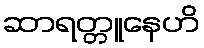
ဆာရတ္တူနေဟိ